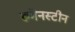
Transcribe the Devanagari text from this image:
रुबेनस्टीन